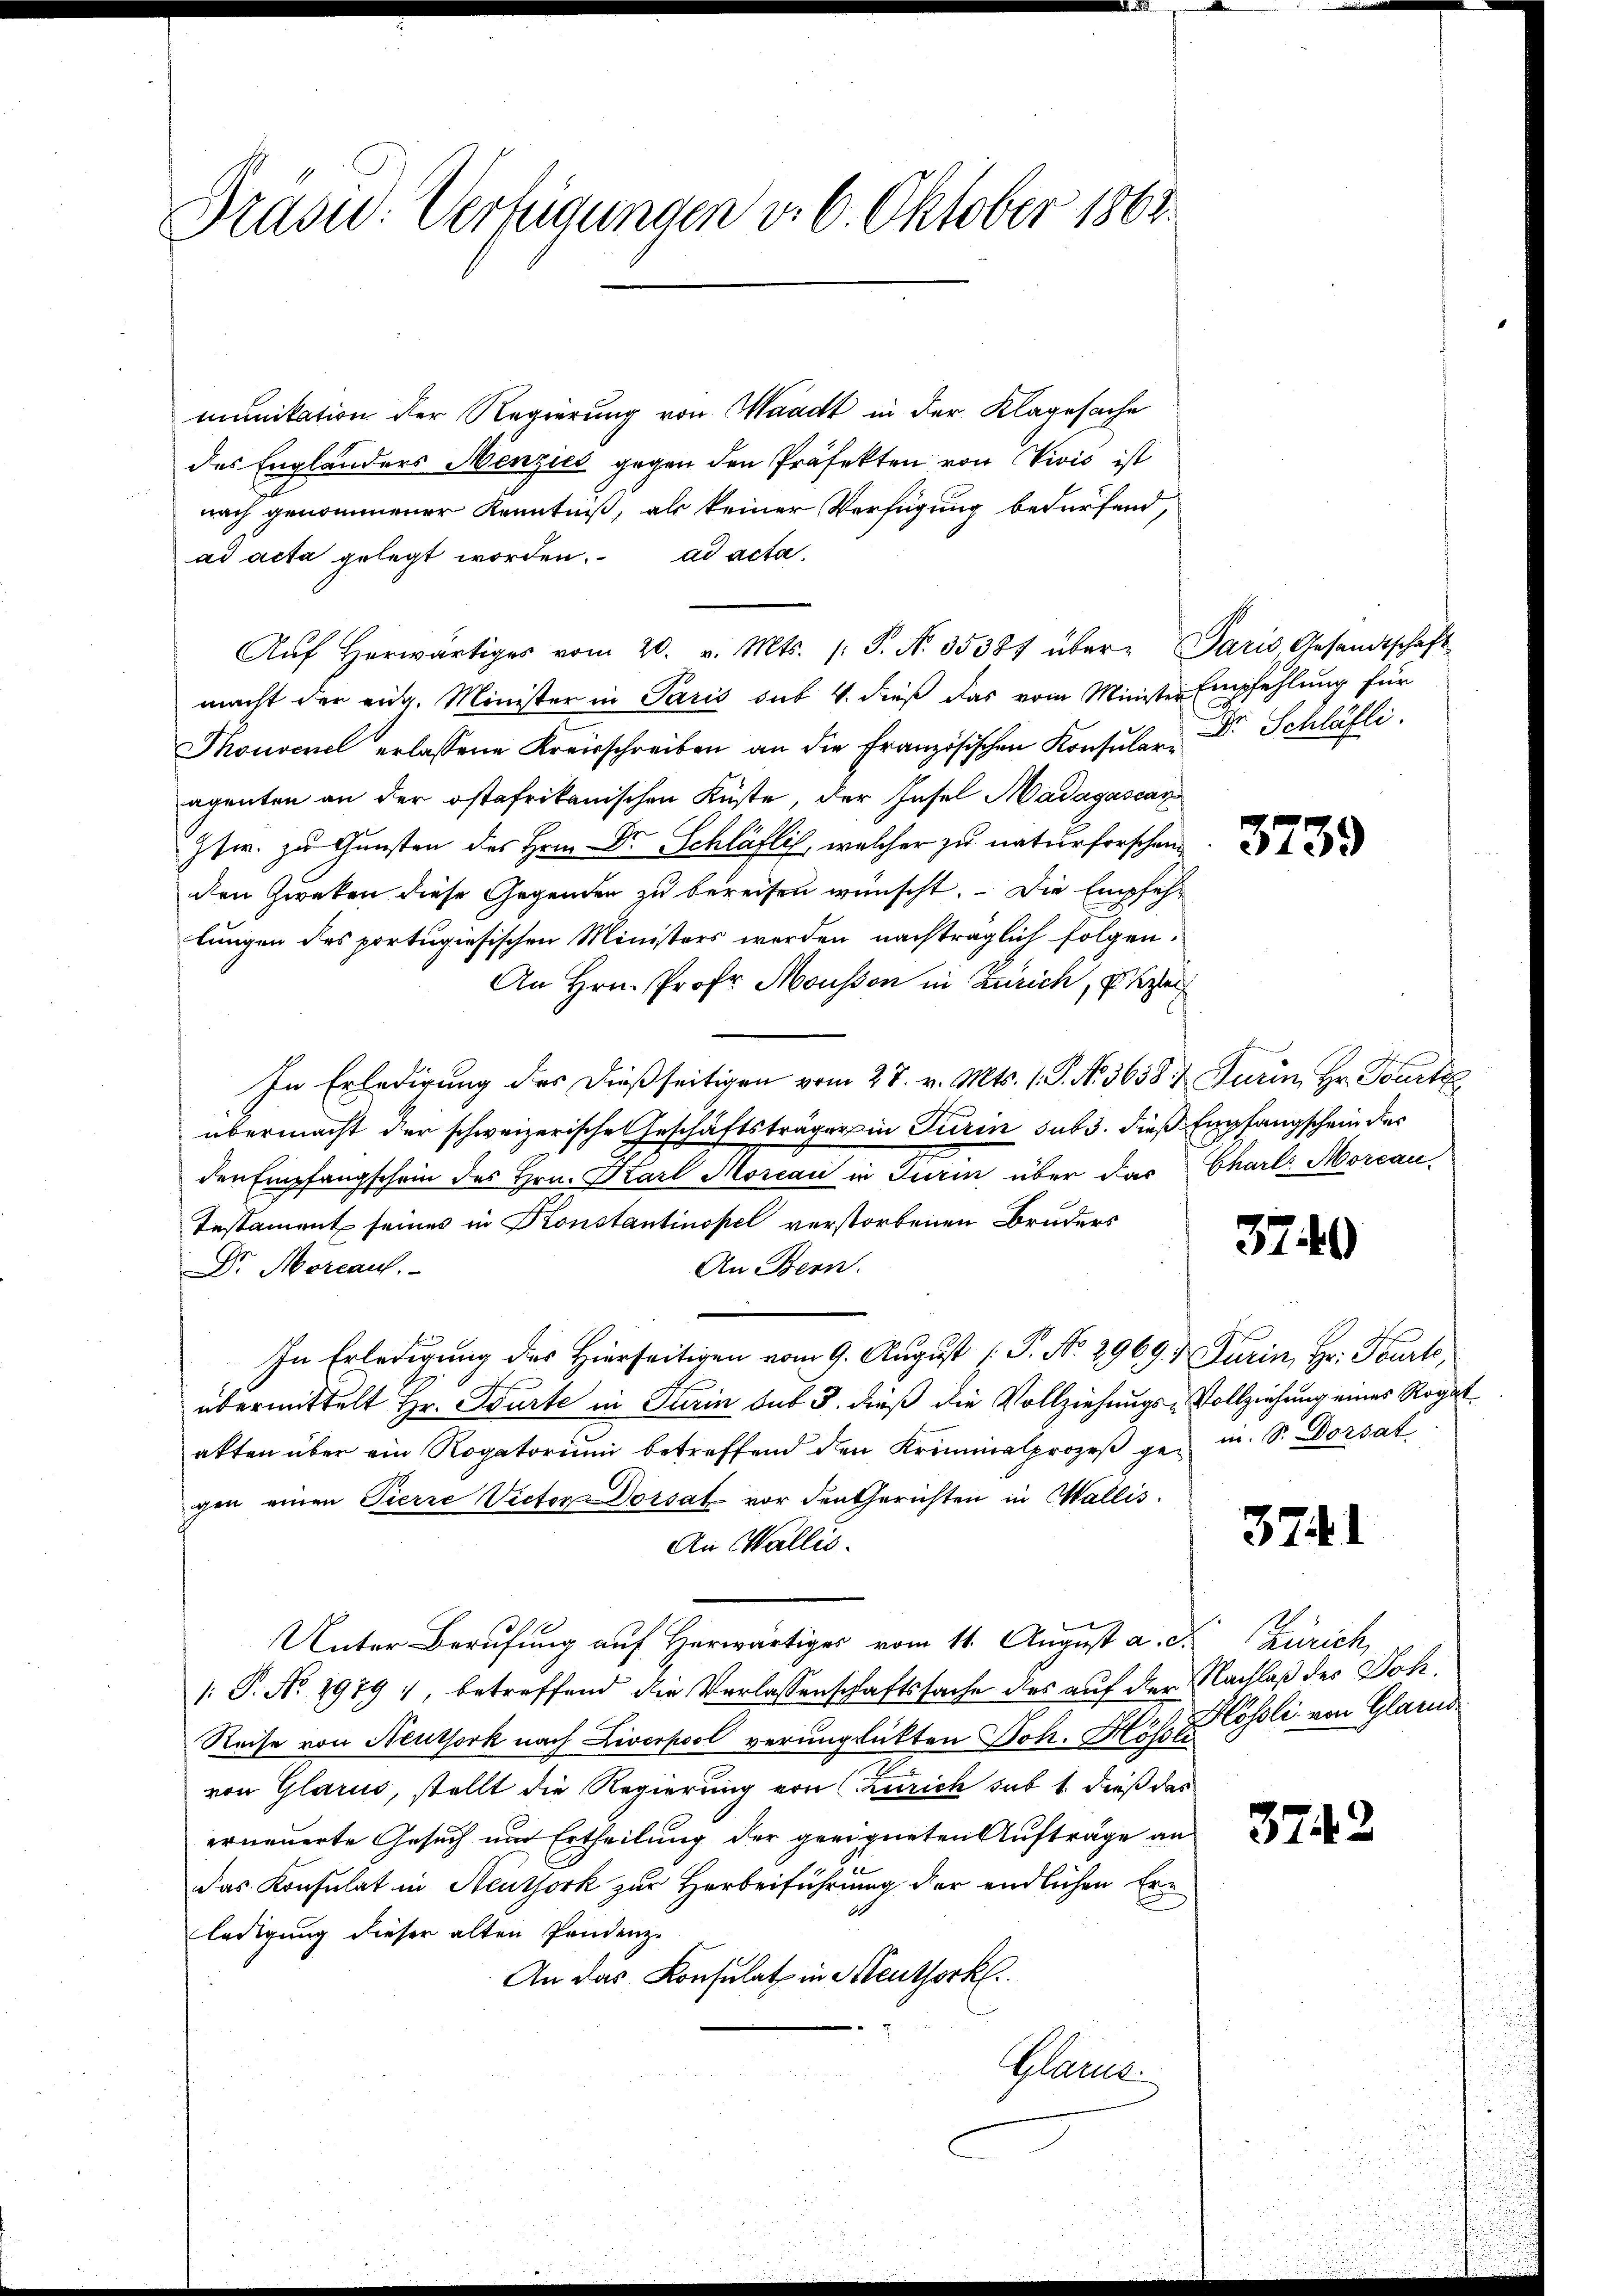
Aŭf herwärtiges vom 20. v. Mts. (T. N. 35387 über- Paris Gesandtschaft
macht der eidg. Minister in Paris sub. 4. dieß das vom Minister Empfehlung für
Thouvenel erlassene Kreisschreiben an die Französischen Konsŭlar Dr. Schläfli
agenten an der ostafrikanischen Küste, der Insel Madagascar
Itw. zu Gunsten des Herrn Dr. Schläflich, welcher zu naturforschen
den Zweken diese Gegenden zu bereisen wünscht. — Die Empfehlungen des portugisischen Ministers werden nachträglich folgen.
An Hrn. Prof. Moussen in Zürich, z. B
In Erledigung des dießseitigen vom 27. v. Mts. 1. P. N. 3658 & Turin, Hr. Tourt
übermacht der schweizerische Geschäftsträger in Turin sub 3. dieß Empfangschein des
den Empfangschein des Hrn. Karl Morcai in Turin über das Charls Morcau-
Testament seines in Konstantinopel verstorbenen Bruders
An Bern.
Dr. Morcauf.
In Erledigung des Hierseitigen vom 9. August [ P. No. 2969. Turin, Hr. Tourt,
übermittelt Hr. Tourte in Turin sub 3. dieß die Vollziehungs-Vollziehung eines Rogat
akten über ein Rogatorium betreffend den Kriminalprozeß gen u. S. Dorsat
gen einen Pierre Victor Dorsatz vor den Gerichten in Wallis.
An Wallis.
Unter Berufung auf Herwärtiges vom 11. August a. d. Zürich,
/: P. No. 2979), betreffend die Verlassenschaftssache des auf der Nachlaß des Joh¬
Reise von Neuthork nach Liverpool verunglückten Joh. Höhe u. Cosoli von Glarus
von Glarus, stellt die Regierung von Zürich sub 1. dieß das
erneuerte Gesuch und Ertheilung der geeigneten Aufträge an
das Konsulat in Neutjork zur Herbeiführung der endlichen Erledigung dieser alten Pandenz-
An das Konsulat in Kleuthorkl.
Glarus.

Dradw. Verfügungen v. 6. Oktober 1863.
munitation der Regierung von Waadt in der Klagesache
des Engländers Menzies gegen den Präfekten von Vivis ist
nach genommener Kenntniß, als keiner Verfügung bedürfend,
ad acta gelegt worden. ad acta

3740

3741

3742